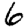
Digit: 6